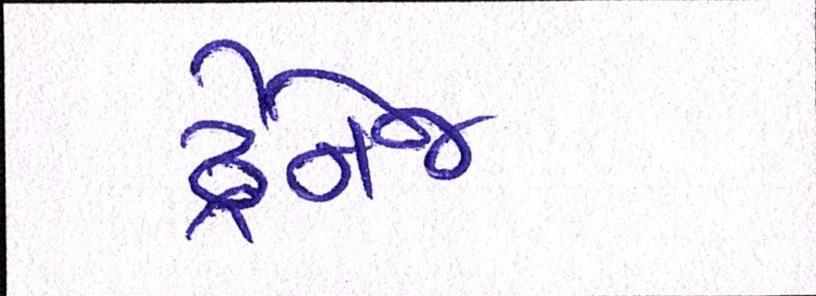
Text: ડ્રેનેજ